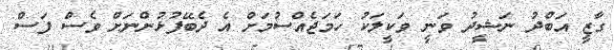
ގާޒީ އަބްދު ނަޝީދު ވަނީ ވަކީލަކު ހަމަޖެއްސުމަށް އެ ދެބޭފުޅުންނަށް ވެސް ފަސް